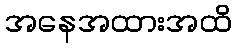
အနေအထားအထိ